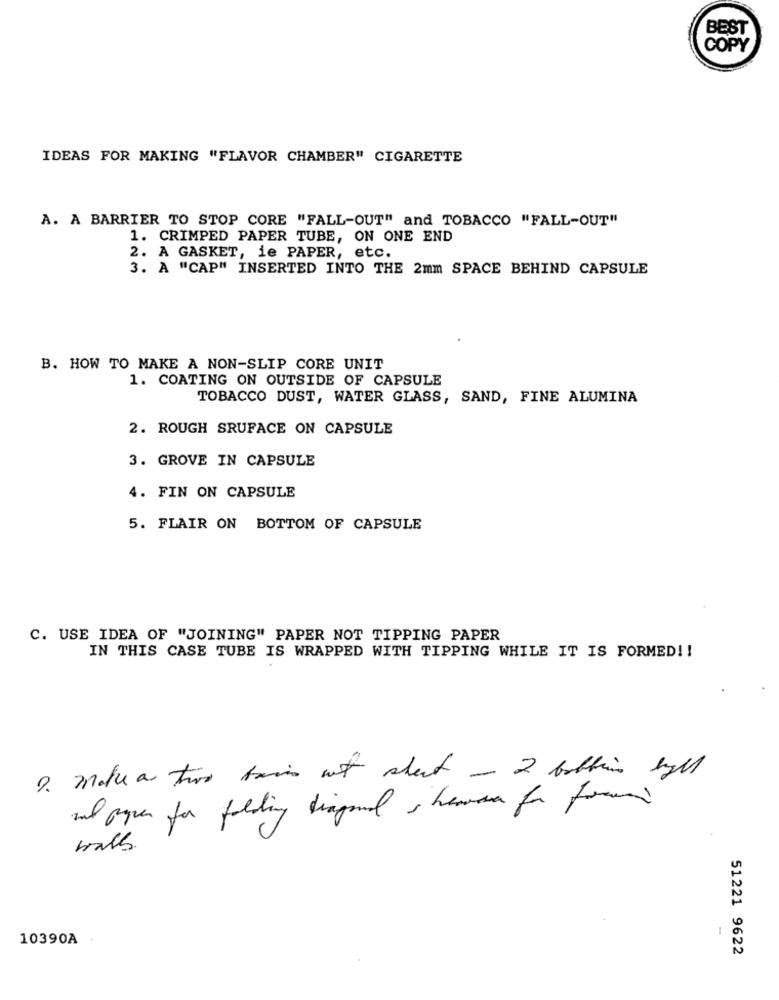
BEST
COPY
IDEAS FOR MAKING "FLAVOR CHAMBER" CIGARETTE
A. A BARRIER TO STOP CORE "FALL-OUT" and TOBACCO "FALL-OUT"
1. CRIMPED PAPER TUBE, ON ONE END
2. A GASKET, ie PAPER, etc.
3. A "CAP" INSERTED INTO THE 2mm SPACE BEHIND CAPSULE
B. HOW TO MAKE A NON-SLIP CORE UNIT
1. COATING ON OUTSIDE OF CAPSULE
TOBACCO DUST, WATER GLASS, SAND, FINE ALUMINA
2. ROUGH SRUFACE ON CAPSULE
3. GROVE IN CAPSULE
4. FIN ON CAPSULE
5. FLAIR ON BOTTOM OF CAPSULE
C. USE IDEA OF "JOINING" PAPER NOT TIPPING PAPER
IN THIS CASE TUBE IS WRAPPED WITH TIPPING WHILE IT IS FORMED !!
2. Make a thor ban nit sheet - 2 bathing hyll
al pyrer for folding diagonal & heaven for free
walls.
10390A
51221 9622